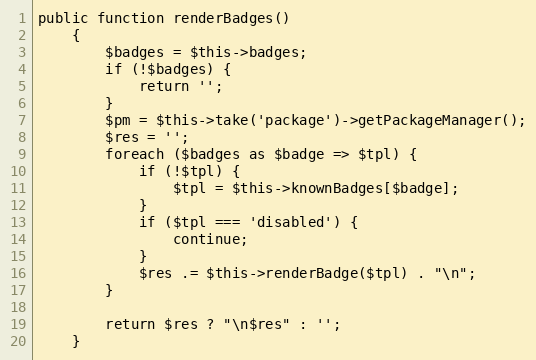
Language: PHP
public function renderBadges()
    {
        $badges = $this->badges;
        if (!$badges) {
            return '';
        }
        $pm = $this->take('package')->getPackageManager();
        $res = '';
        foreach ($badges as $badge => $tpl) {
            if (!$tpl) {
                $tpl = $this->knownBadges[$badge];
            }
            if ($tpl === 'disabled') {
                continue;
            }
            $res .= $this->renderBadge($tpl) . "\n";
        }

        return $res ? "\n$res" : '';
    }